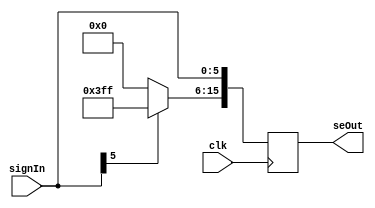
`timescale 1ns / 1ps
//////////////////////////////////////////////////////////////////////////////////
// Company: 
// Engineer: 
// 
// Design Name: 
// Module Name:    signExtend 
// Project Name: 
// Target Devices: 
// Tool versions: 
// Description: 
//
// Dependencies: 
//
// Revision: 
// Revision 0.01 - File Created
// Additional Comments: 
//
//////////////////////////////////////////////////////////////////////////////////
module signExtend(
	 input clk,
    input [5:0] signIn,
	 output reg [15:0] seOut
    );
	 always@(posedge clk)
	   begin
		seOut[5:0] <= signIn[5:0];
		 if (signIn[5] == 0)
			begin
				seOut[15:6] <= 'b0000000000;
			end
		 else
			begin
				seOut[15:6] <= 'b1111111111;
			end
		end


endmodule